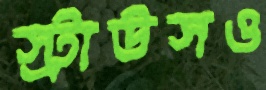
স্ট্রাউসও